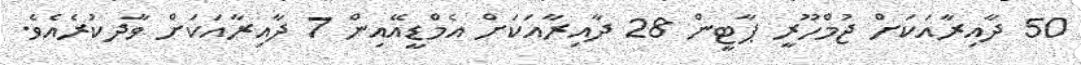
50 ދާއިރާއަކަށް ޖުމްހޫރީ ޕާޓީން 28 ދާއިރާއަކަށް އެމްޑީއޭއިން 7 ދާއިރާއަކަށް ވާދކުރެއެވެ.